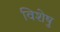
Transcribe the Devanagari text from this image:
विशेषु